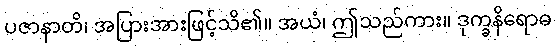
ပဇာနာတိ၊ အပြားအားဖြင့်သိ၏။ အယံ၊ ဤသည်ကား။ ဒုက္ခနိရောဓ